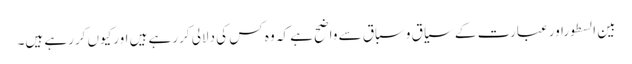
بین السطوراورعبارت کے سیاق وسباق سے واضح ہے کہ وہ کس کی دلالی کررہے ہیں اورکیوں کررہے ہیں۔